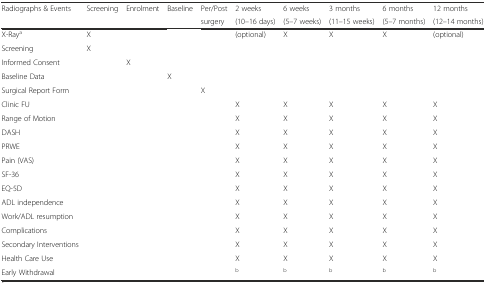
<table><thead><tr><td rowspan="2"><b>Radiographs &amp; Events</b></td><td rowspan="2"><b>Screening</b></td><td rowspan="2"><b>Enrolment</b></td><td rowspan="2"><b>Baseline</b></td><td><b>Per/Post</b></td><td><b>2 weeks</b></td><td><b>6 weeks</b></td><td><b>3 months</b></td><td><b>6 months</b></td><td><b>12 months</b></td></tr><tr><td><b>surgery</b></td><td><b>(10–16 days)</b></td><td><b>(5–7 weeks)</b></td><td><b>(11–15 weeks)</b></td><td><b>(5–7 months)</b></td><td><b>(12–14 months)</b></td></tr></thead><tbody><tr><td>X-Ray<sup>a</sup></td><td>X</td><td></td><td></td><td></td><td>(optional)</td><td>X</td><td>X</td><td>X</td><td>(optional)</td></tr><tr><td>Screening</td><td>X</td><td></td><td></td><td></td><td></td><td></td><td></td><td></td><td></td></tr><tr><td>Informed Consent</td><td></td><td>X</td><td></td><td></td><td></td><td></td><td></td><td></td><td></td></tr><tr><td>Baseline Data</td><td></td><td></td><td>X</td><td></td><td></td><td></td><td></td><td></td><td></td></tr><tr><td>Surgical Report Form</td><td></td><td></td><td></td><td>X</td><td></td><td></td><td></td><td></td><td></td></tr><tr><td>Clinic FU</td><td></td><td></td><td></td><td></td><td>X</td><td>X</td><td>X</td><td>X</td><td>X</td></tr><tr><td>Range of Motion</td><td></td><td></td><td></td><td></td><td>X</td><td>X</td><td>X</td><td>X</td><td>X</td></tr><tr><td>DASH</td><td></td><td></td><td></td><td></td><td>X</td><td>X</td><td>X</td><td>X</td><td>X</td></tr><tr><td>PRWE</td><td></td><td></td><td></td><td></td><td>X</td><td>X</td><td>X</td><td>X</td><td>X</td></tr><tr><td>Pain (VAS)</td><td></td><td></td><td></td><td></td><td>X</td><td>X</td><td>X</td><td>X</td><td>X</td></tr><tr><td>SF-36</td><td></td><td></td><td></td><td></td><td>X</td><td>X</td><td>X</td><td>X</td><td>X</td></tr><tr><td>EQ-5D</td><td></td><td></td><td></td><td></td><td>X</td><td>X</td><td>X</td><td>X</td><td>X</td></tr><tr><td>ADL independence</td><td></td><td></td><td></td><td></td><td>X</td><td>X</td><td>X</td><td>X</td><td>X</td></tr><tr><td>Work/ADL resumption</td><td></td><td></td><td></td><td></td><td>X</td><td>X</td><td>X</td><td>X</td><td>X</td></tr><tr><td>Complications</td><td></td><td></td><td></td><td></td><td>X</td><td>X</td><td>X</td><td>X</td><td>X</td></tr><tr><td>Secondary Interventions</td><td></td><td></td><td></td><td></td><td>X</td><td>X</td><td>X</td><td>X</td><td>X</td></tr><tr><td>Health Care Use</td><td></td><td></td><td></td><td></td><td>X</td><td>X</td><td>X</td><td>X</td><td>X</td></tr><tr><td>Early Withdrawal</td><td></td><td></td><td></td><td></td><td><sup>b</sup></td><td><sup>b</sup></td><td><sup>b</sup></td><td><sup>b</sup></td><td><sup>b</sup></td></tr></tbody></table>